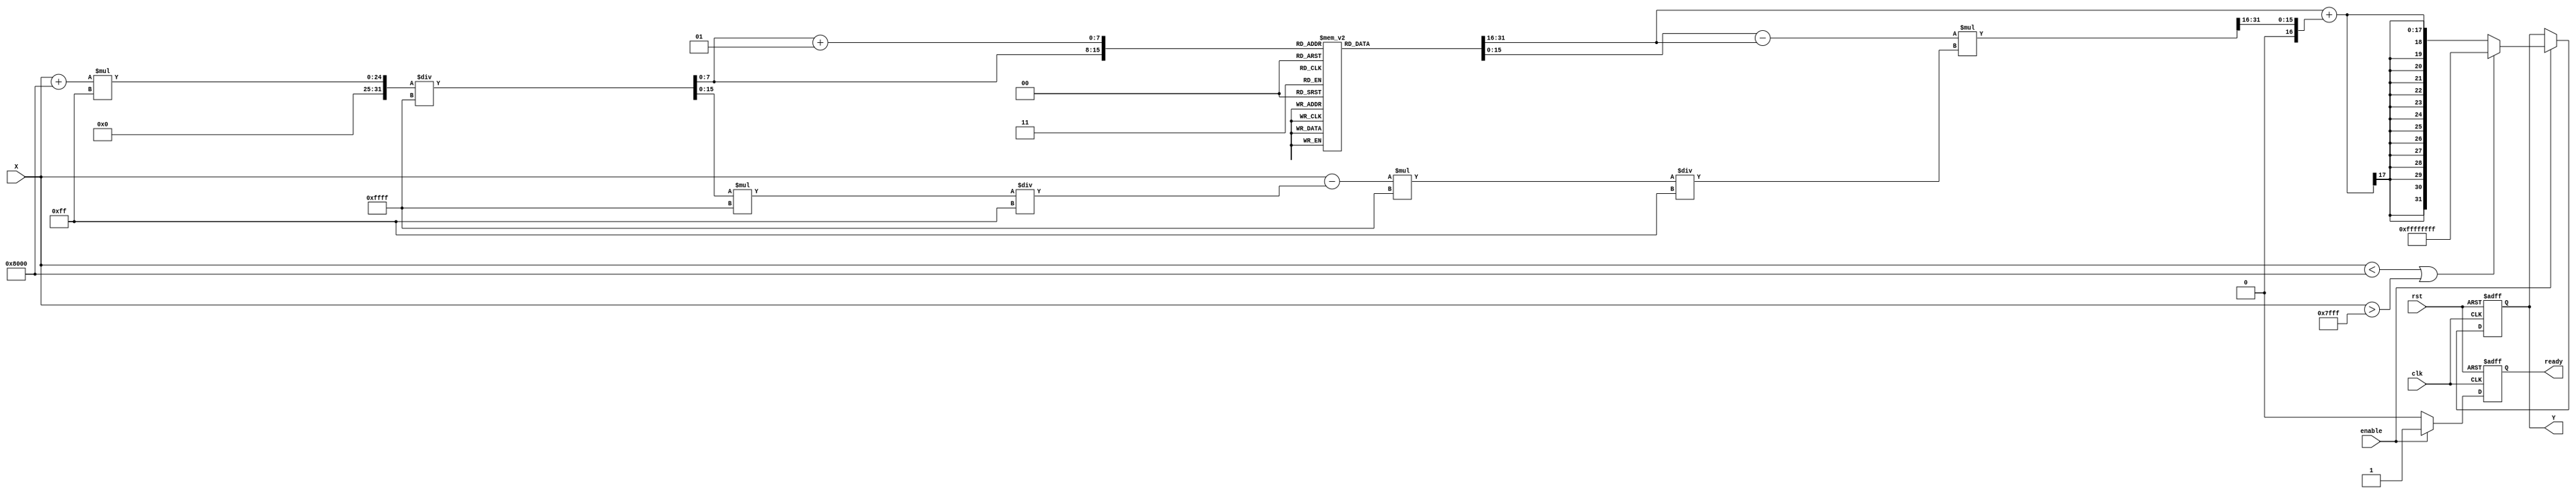
module acos_block (
    input wire clk,
    input wire rst,
    input wire enable,
    input wire signed [15:0] X, // Input value in fixed-point format (16-bit)
    output reg signed [31:0] Y,  // Output value in fixed-point format (32-bit)
    output reg ready             // Output ready signal
);

    // Parameters
    parameter LUT_SIZE = 256; // Number of entries in the LUT
    parameter LUT_WIDTH = 16;  // Width of LUT entries
    parameter INTERPOLATION_WIDTH = 16; // Width for interpolation
    parameter PI = 32'h3243F6A9; //  in fixed-point (32-bit)

    // LUT for acos values (precomputed)
    reg [LUT_WIDTH-1:0] lut [0:LUT_SIZE-1];

    // Internal signals
    reg signed [15:0] lut_index;
    reg signed [15:0] lut_index_next;
    reg signed [15:0] lut_value_a, lut_value_b;
    reg signed [31:0] lut_value_a_full, lut_value_b_full;
    reg signed [31:0] delta_x, delta_y;
    reg signed [31:0] fraction;

    // Initialization of LUT (this should be filled with actual acos values)
    initial begin
        // Populate the LUT with precomputed acos values
        // Example: lut[0] = acos(-1), lut[1] = acos(-0.9961), ..., lut[255] = acos(1)
        // This is a placeholder; actual values should be computed and filled.
        // For example:
        // lut[0] = 32'h00000000; // acos(-1)
        // lut[255] = 32'h3243F6A9; // acos(1)
        // Fill in the rest of the LUT values accordingly.
    end

    // Range check and LUT index calculation
    always @(posedge clk or posedge rst) begin
        if (rst) begin
            Y <= 0;
            ready <= 0;
        end else if (enable) begin
            // Check if input is in range [-1, 1]
            if (X < -16'h8000 || X > 16'h7FFF) begin
                Y <= 32'hFFFFFFFF; // Set to NaN or error value
                ready <= 1;
            end else begin
                // Calculate LUT index
                lut_index = (X + 16'h8000) * (LUT_SIZE - 1) / 16'hFFFF; // Scale to LUT size
                lut_index_next = lut_index + 1;

                // Get LUT values
                lut_value_a = lut[lut_index];
                lut_value_b = lut[lut_index_next];

                // Calculate the fractional part for interpolation
                delta_x = (X - (lut_index * 16'hFFFF / (LUT_SIZE - 1))) * 16'hFFFF / (LUT_SIZE - 1);
                delta_y = lut_value_b - lut_value_a;

                // Linear interpolation
                fraction = (delta_y * delta_x) >> INTERPOLATION_WIDTH;
                Y <= lut_value_a + fraction;

                ready <= 1; // Output is ready
            end
        end else begin
            ready <= 0; // Not ready if not enabled
        end
    end

endmodule